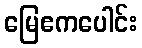
မြေဧကပေါင်း